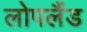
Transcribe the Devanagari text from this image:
लोपलैंड